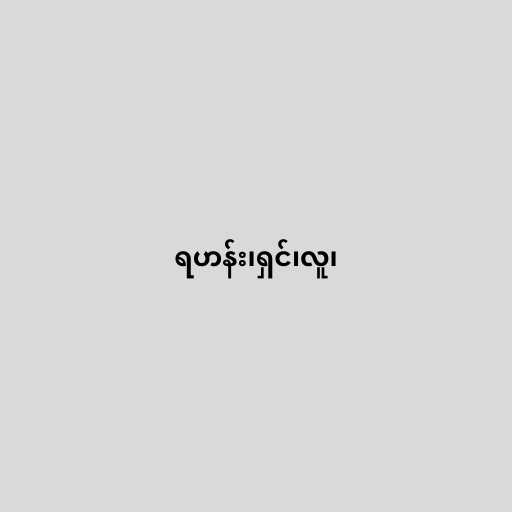
ရဟန်း၊ရှင်၊လူ၊